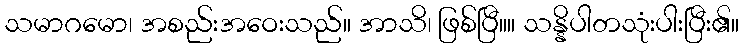
သမာဂမော၊ အစည်းအဝေးသည်။ အာသိ၊ ဖြစ်ပြီ။။ သန္နိပါတသုံးပါးပြီး၏။